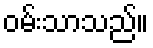
ဝမ်းသာသည်။